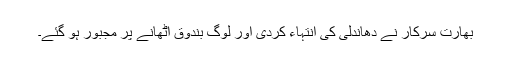
بھارت سرکار نے دھاندلی کی انتہاء کردی اور لوگ بندوق اٹھانے پر مجبور ہو گئے۔